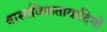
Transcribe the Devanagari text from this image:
वास्तविकतावादियों